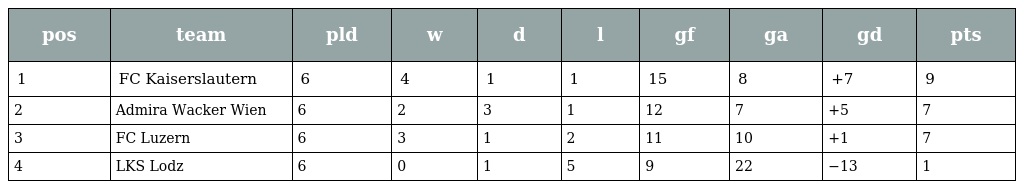
| pos | team | pld | w | d | l | gf | ga | gd | pts |
 | --- | --- | --- | --- | --- | --- | --- | --- | --- | --- |
 | 1 | FC Kaiserslautern | 6 | 4 | 1 | 1 | 15 | 8 | +7 | 9 |
 | 2 | Admira Wacker Wien | 6 | 2 | 3 | 1 | 12 | 7 | +5 | 7 |
 | 3 | FC Luzern | 6 | 3 | 1 | 2 | 11 | 10 | +1 | 7 |
 | 4 | LKS Lodz | 6 | 0 | 1 | 5 | 9 | 22 | −13 | 1 |